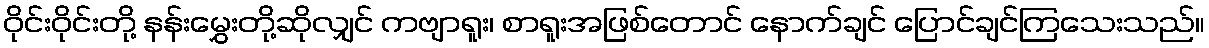
ဝိုင်းဝိုင်းတို့ နန်းမွှေးတို့ဆိုလျှင် ကဗျာရူး၊ စာရူးအဖြစ်တောင် နောက်ချင် ပြောင်ချင်ကြသေးသည်။